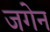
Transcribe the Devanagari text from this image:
जगेन